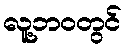
လူ့ဘဝတွင်